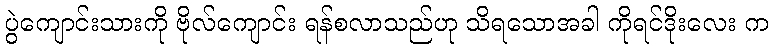
ပွဲကျောင်းသားကို ဗိုလ်ကျောင်း ရန်စလာသည်ဟု သိရသောအခါ ကိုရင်ဒိုးလေး က